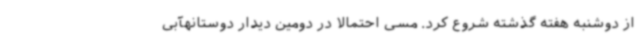
از دوشنبه هفته گذشته شروع کرد. مسی احتمالا در دومین دیدار دوستانهآبی